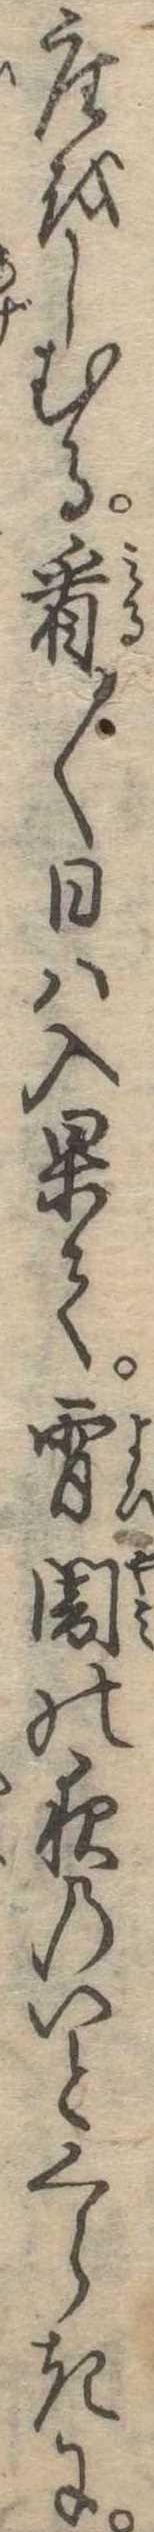
座をしむる看〱日は入果て宵闇の夜のいとくらきに